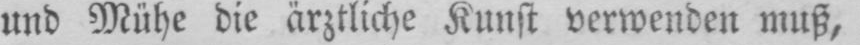
und Mühe die ärztliche Kunst verwenden muß,